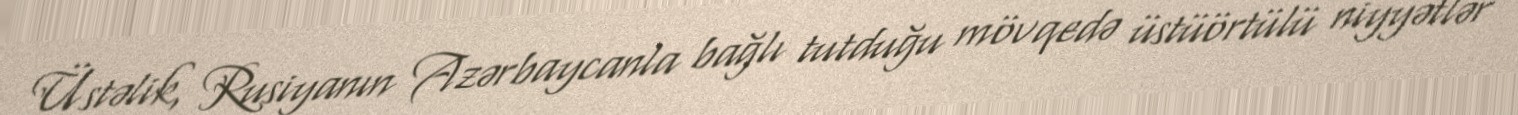
Üstəlik, Rusiyanın Azərbaycanla bağlı tutduğu mövqedə üstüörtülü niyyətlər